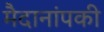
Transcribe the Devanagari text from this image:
मैदानांपकी